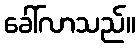
ခေါ်လာသည်။